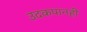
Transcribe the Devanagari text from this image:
उदकपानही